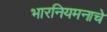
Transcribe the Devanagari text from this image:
भारनियमनाचे